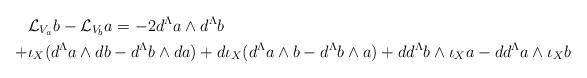
LaTeX: \begin{align*} &\mathcal{L}_{V_a} b - \mathcal{L}_{V_b}a = -2 d^\Lambda a \wedge d^\Lambda b \\+ &\iota_X(d^\Lambda a \wedge d b - d^\Lambda b \wedge da) + d \iota_X(d^\Lambda a \wedge b - d^\Lambda b \wedge a) + d d^\Lambda b \wedge \iota_X a - d d^\Lambda a \wedge \iota_X b\end{align*}